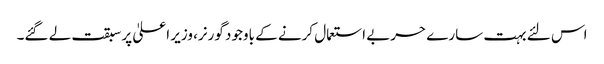
اس لئے بہت سارے حربے استعمال کرنے کے باوجود گورنر، وزیر اعلیٰ پر سبقت لے گئے۔